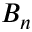
B _ { n }